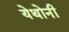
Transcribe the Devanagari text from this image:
येथोनी